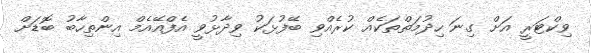
ވިކްޓަރީ އަށް ގިނަ ހިދުމަތްތަކެއް ކުރެއްވި ބޭފުޅަކު ވިދާޅުވީ އެފްއޭއެމް އިންތިހާބު ބޮޑަށް